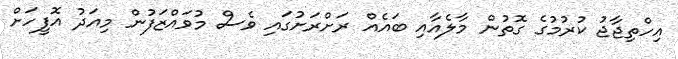
އިހްތިޖާޖު ކުރުމުގެ ގޮތުން މާލެއާއި ބައެއް ރަށްރަށުގައި ވެސް މުވައްޒަފުން މިއަދު އޮފީހަށް